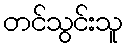
တင်သွင်းသူ